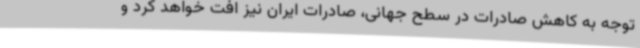
توجه به کاهش صادرات در سطح جهانی، صادرات ایران نیز افت خواهد کرد و